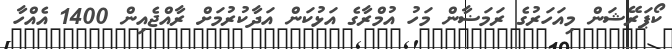
ކޯޕަރޭޝަން މިއަހަރުގެ ރަމަޟާން މަހު އުމްރާގެ އަޅުކަން އަދާކުރުމަށް ރާއްޖެއިން 1400 އެއްހާ